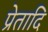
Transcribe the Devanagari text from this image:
प्रेतादि